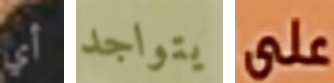
أي يتواجد على